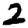
Digit: 2